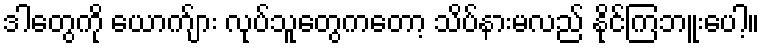
ဒါတွေကို ယောက်ျား လုပ်သူတွေကတော့ သိပ်နားမလည် နိုင်ကြဘူးပေါ့။